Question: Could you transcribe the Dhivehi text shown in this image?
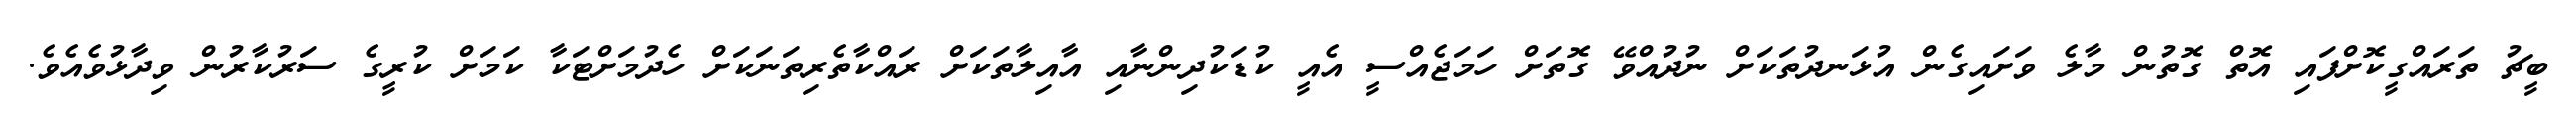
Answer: ބީޗު ތަރައްގީކޮށްފައި އޮތް ގޮތުން މާލެ ވަށައިގެން އުޅަނދުތަކަށް ނުދުއްވޭ ގޮތަށް ހަމަޖެއްސީ އެއީ ކުޑަކުދިންނާއި އާއިލާތަކަށް ރައްކާތެރިތަނަކަށް ހެދުމަށްޓަކާ ކަމަށް ކުރީގެ ސަރުކާރުން ވިދާޅުވެއެވެ.